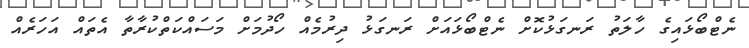
ނެޓްބޯޅައިގެ ހާލަތު ރަނގަޅުކޮށް ނެޓްބޯޅައަށް ރަނގަޅު ދިރުމެއް ހޯދުމަށް މަސައްކަތްކުރާތާ އެތައް އަހަރެއް